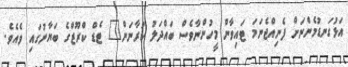
އަޅުގަނޑުމެންނަށް ފެނިއްޖެނަމަ ޓައިވާން މީހުންނާވެސް ބައްދަލު ކުރާނަން" ޓެޑް ކްރޫޒްގެ ބަޔާނުގައި ވެއެވެ.